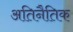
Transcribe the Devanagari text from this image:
अतिनैतिक